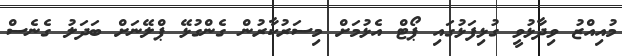
މުއިއްޒު ވިދާޅުވީ ގުޅިފަޅުގައި ޕޯޓް އެޅުމަށް މިސަރުކާރުން ގެންގުޅޭ ޕްލޭނަށް ބަދަލު ގެނެސް